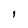
Character: I